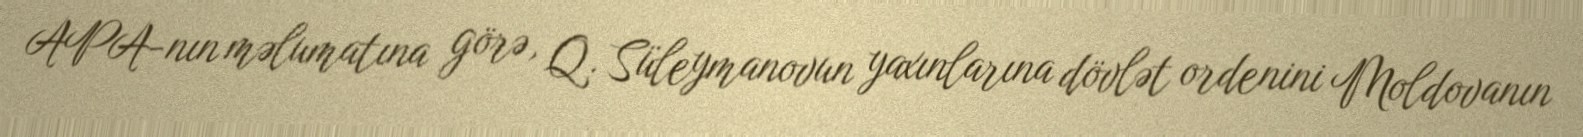
APA-nın məlumatına görə, Q. Süleymanovun yaxınlarına dövlət ordenini Moldovanın